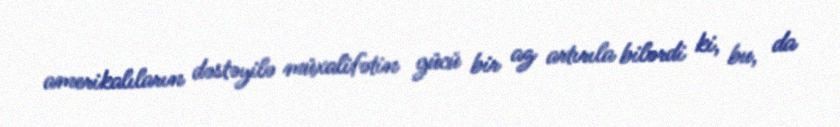
amerikalıların dəstəyilə müxalifətin gücü bir az artırıla bilərdi ki, bu, da